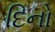
દિનો